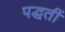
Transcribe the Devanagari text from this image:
पद्धतीं